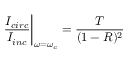
\left. \frac { I _ { c i r c } } { I _ { i n c } } \right| _ { \omega = \omega _ { c } } = \frac { T } { ( 1 - R ) ^ { 2 } }